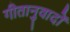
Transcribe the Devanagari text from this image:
गीतानुवादों